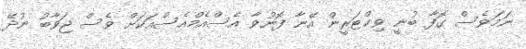
ނަމަވެސް ގޮފާ ބުނީ ވިކްޓަރީން އޭނާ ފޮނުވާ އެސްއެމްއެސްއަކަށް ވެސް ޖަވާބު ނުދޭ